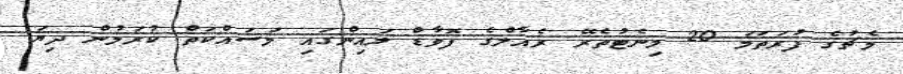
މެޗުގެ ފުރަތަމަ 20 މިނެޓުތެރޭ ރެއާލްގެ ފޮވާޑް ލައިންގައި މަސައްކަތް ކުރަމުން ދިޔަ